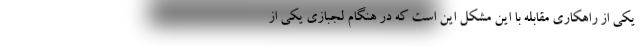
یکی از راهکاری مقابله با این مشکل این است که در هنگام لجبازی یکی از